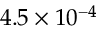
4 . 5 \times 1 0 ^ { - 4 }